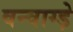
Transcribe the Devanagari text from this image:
वन्वाग्ड़े